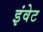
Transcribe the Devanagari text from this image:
इंवेट